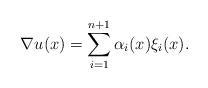
LaTeX: \begin{align*}\nabla u(x)=\sum_{i=1}^{n+1} \alpha_i(x)\xi_i(x).\end{align*}